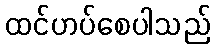
ထင်ဟပ်စေပါသည်